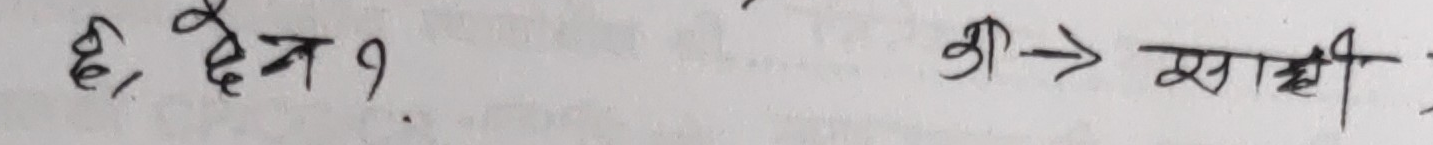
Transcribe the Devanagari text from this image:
छे, देन? श्री → साक्षी